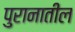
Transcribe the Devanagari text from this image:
पुरानातील